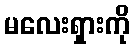
မလေးရှားကို